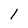
Character: 1